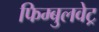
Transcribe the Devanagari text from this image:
फिम्बुलवेट्र